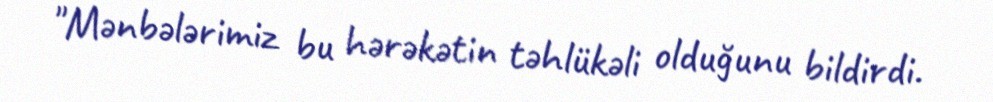
"Mənbələrimiz bu hərəkətin təhlükəli olduğunu bildirdi.